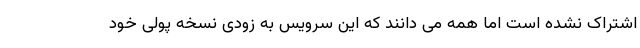
اشتراک نشده است اما همه می دانند که این سرویس به زودی نسخه پولی خود